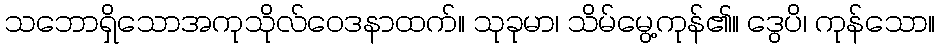
သဘောရှိသောအကုသိုလ်ဝေဒနာထက်။ သုခုမာ၊ သိမ်မွေ့ကုန်၏။ ဒွေပိ၊ ကုန်သော။